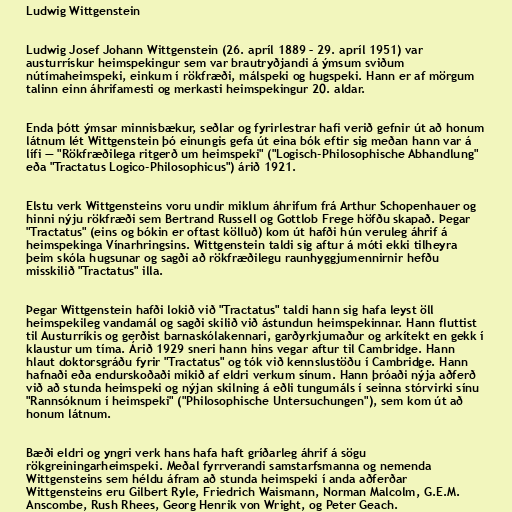
Ludwig Wittgenstein

Ludwig Josef Johann Wittgenstein (26. apríl 1889 – 29. apríl 1951) var
austurrískur heimspekingur sem var brautryðjandi á ýmsum sviðum
nútímaheimspeki, einkum í rökfræði, málspeki og hugspeki. Hann er af mörgum
talinn einn áhrifamesti og merkasti heimspekingur 20. aldar.

Enda þótt ýmsar minnisbækur, seðlar og fyrirlestrar hafi verið gefnir út að honum
látnum lét Wittgenstein þó einungis gefa út eina bók eftir sig meðan hann var á
lífi — "Rökfræðilega ritgerð um heimspeki" ("Logisch-Philosophische Abhandlung"
eða "Tractatus Logico-Philosophicus") árið 1921.

Elstu verk Wittgensteins voru undir miklum áhrifum frá Arthur Schopenhauer og
hinni nýju rökfræði sem Bertrand Russell og Gottlob Frege höfðu skapað. Þegar
"Tractatus" (eins og bókin er oftast kölluð) kom út hafði hún veruleg áhrif á
heimspekinga Vínarhringsins. Wittgenstein taldi sig aftur á móti ekki tilheyra
þeim skóla hugsunar og sagði að rökfræðilegu raunhyggjumennirnir hefðu
misskilið "Tractatus" illa.

Þegar Wittgenstein hafði lokið við "Tractatus" taldi hann sig hafa leyst öll
heimspekileg vandamál og sagði skilið við ástundun heimspekinnar. Hann fluttist
til Austurríkis og gerðist barnaskólakennari, garðyrkjumaður og arkítekt en gekk í
klaustur um tíma. Árið 1929 sneri hann hins vegar aftur til Cambridge. Hann
hlaut doktorsgráðu fyrir "Tractatus" og tók við kennslustöðu í Cambridge. Hann
hafnaði eða endurskoðaði mikið af eldri verkum sínum. Hann þróaði nýja aðferð
við að stunda heimspeki og nýjan skilning á eðli tungumáls í seinna stórvirki sínu
"Rannsóknum í heimspeki" ("Philosophische Untersuchungen"), sem kom út að
honum látnum.

Bæði eldri og yngri verk hans hafa haft gríðarleg áhrif á sögu
rökgreiningarheimspeki. Meðal fyrrverandi samstarfsmanna og nemenda
Wittgensteins sem héldu áfram að stunda heimspeki í anda aðferðar
Wittgensteins eru Gilbert Ryle, Friedrich Waismann, Norman Malcolm, G.E.M.
Anscombe, Rush Rhees, Georg Henrik von Wright, og Peter Geach.